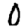
Digit: 0